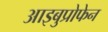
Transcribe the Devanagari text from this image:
आइबुप्रोफेन